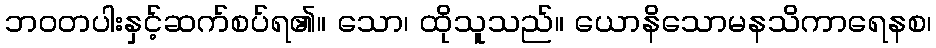
ဘဝတပါးနှင့်ဆက်စပ်ရ၏။ သော၊ ထိုသူသည်။ ယောနိသောမနသိကာရေနစ၊